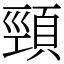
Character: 頸